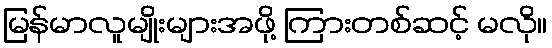
မြန်မာလူမျိုးများအဖို့ ကြားတစ်ဆင့် မလို။